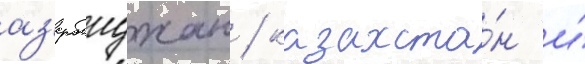
аз'ербаиджан / казахста́н и́